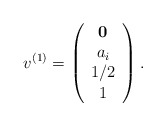
\begin{align*}v^{(1)}=\left(\begin{array}{ccc}{\bf 0} \\a_i \\1/2 \\1\end{array}\right).\end{align*}